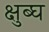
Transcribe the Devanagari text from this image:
क्षुब्घ